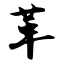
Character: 革